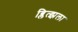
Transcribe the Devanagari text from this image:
ब्लित्झला